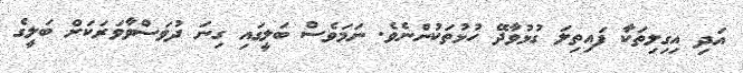
އަދި އިގިލިތަކާ ފައިތިލަ ގުޅުވާދޭ ހުޅުތަކުންނެވެ. ނަމަވެސް ބަލީގައި ގިނަ ދުވަސްވާވަރަކަށް ބަލީގެ